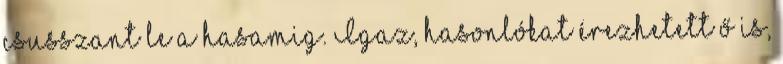
csusszant le a hasamig. Igaz, hasonlókat érezhetett ő is,